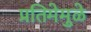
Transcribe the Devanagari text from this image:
प्रतिमेमुळे